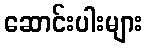
ဆောင်းပါးများ